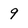
Character: 9